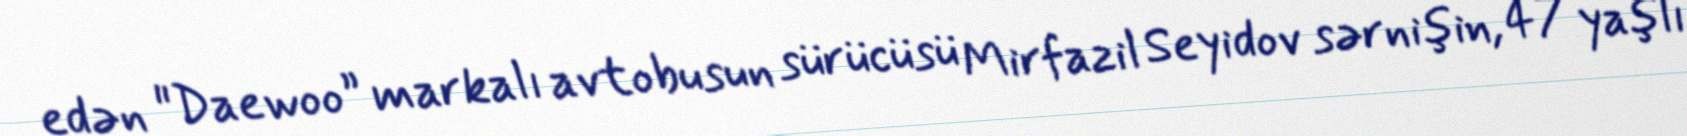
edən "Daewoo” markalı avtobusun sürücüsü Mirfazil Seyidov sərnişin, 47 yaşlı